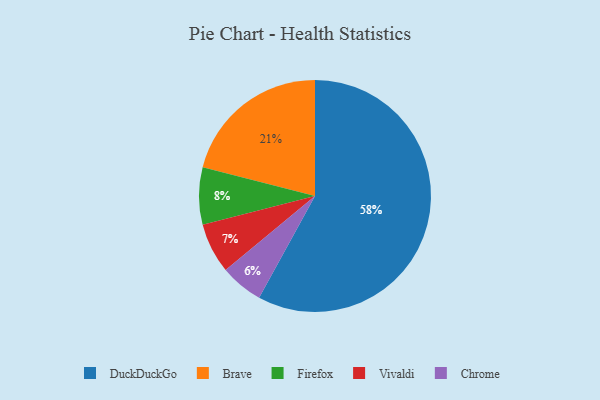
{"axis": {"x": "Category", "y": "Percentage"}, "legend": ["Brave", "Chrome", "DuckDuckGo", "Firefox", "Vivaldi"], "data": [{"x": "Chrome", "y": 6, "type": "Chrome"}, {"x": "Brave", "y": 21, "type": "Brave"}, {"x": "DuckDuckGo", "y": 58, "type": "DuckDuckGo"}, {"x": "Vivaldi", "y": 7, "type": "Vivaldi"}, {"x": "Firefox", "y": 8, "type": "Firefox"}]}